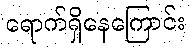
ရောက်ရှိနေကြောင်း